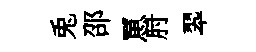
兎邵罳肘翆